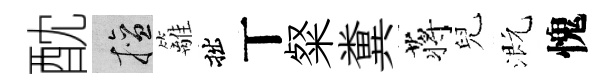
酖擅籬拙丅粲糞蒋兒溉愧